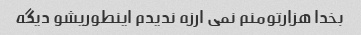
بخدا هزارتومنم نمی ارزه ندیدم اینطوریشو دیگه